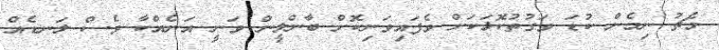
މެޗު ނިމެން ކުޑަ ވަގުތުކޮޅަކަށް ވެފައިވަނިކޮށް ބާންލީން ވަނީ އަނެއްކާ ވެސް ލަނޑެއް